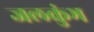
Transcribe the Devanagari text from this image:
जलकुंभ